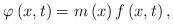
LaTeX: \begin{align*}\varphi\left(x,t\right)=m\left(x\right)f\left(x,t\right),\end{align*}